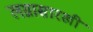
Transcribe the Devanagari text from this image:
लग्नासारखी